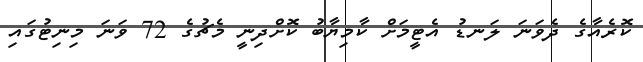
ކޮރެއާގެ ދެވަނަ ލަނޑު އެޓީމަށް ކާމިޔާބު ކޮށްދިނީ މެޗުގެ 72 ވަނަ މިނިޓުގައި